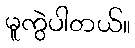
မူကွဲပါတယ်။